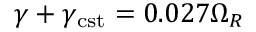
\gamma + \gamma _ { \mathrm { c s t } } = 0 . 0 2 7 \Omega _ { R }